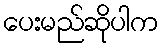
ပေးမည်ဆိုပါက